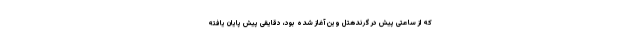
که از ساعتی پیش در گرندهتل وین آغاز شده بود، دقایقی پیش پایان یافته